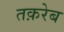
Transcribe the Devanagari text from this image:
तक़रेब